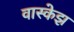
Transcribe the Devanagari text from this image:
वास्केझ